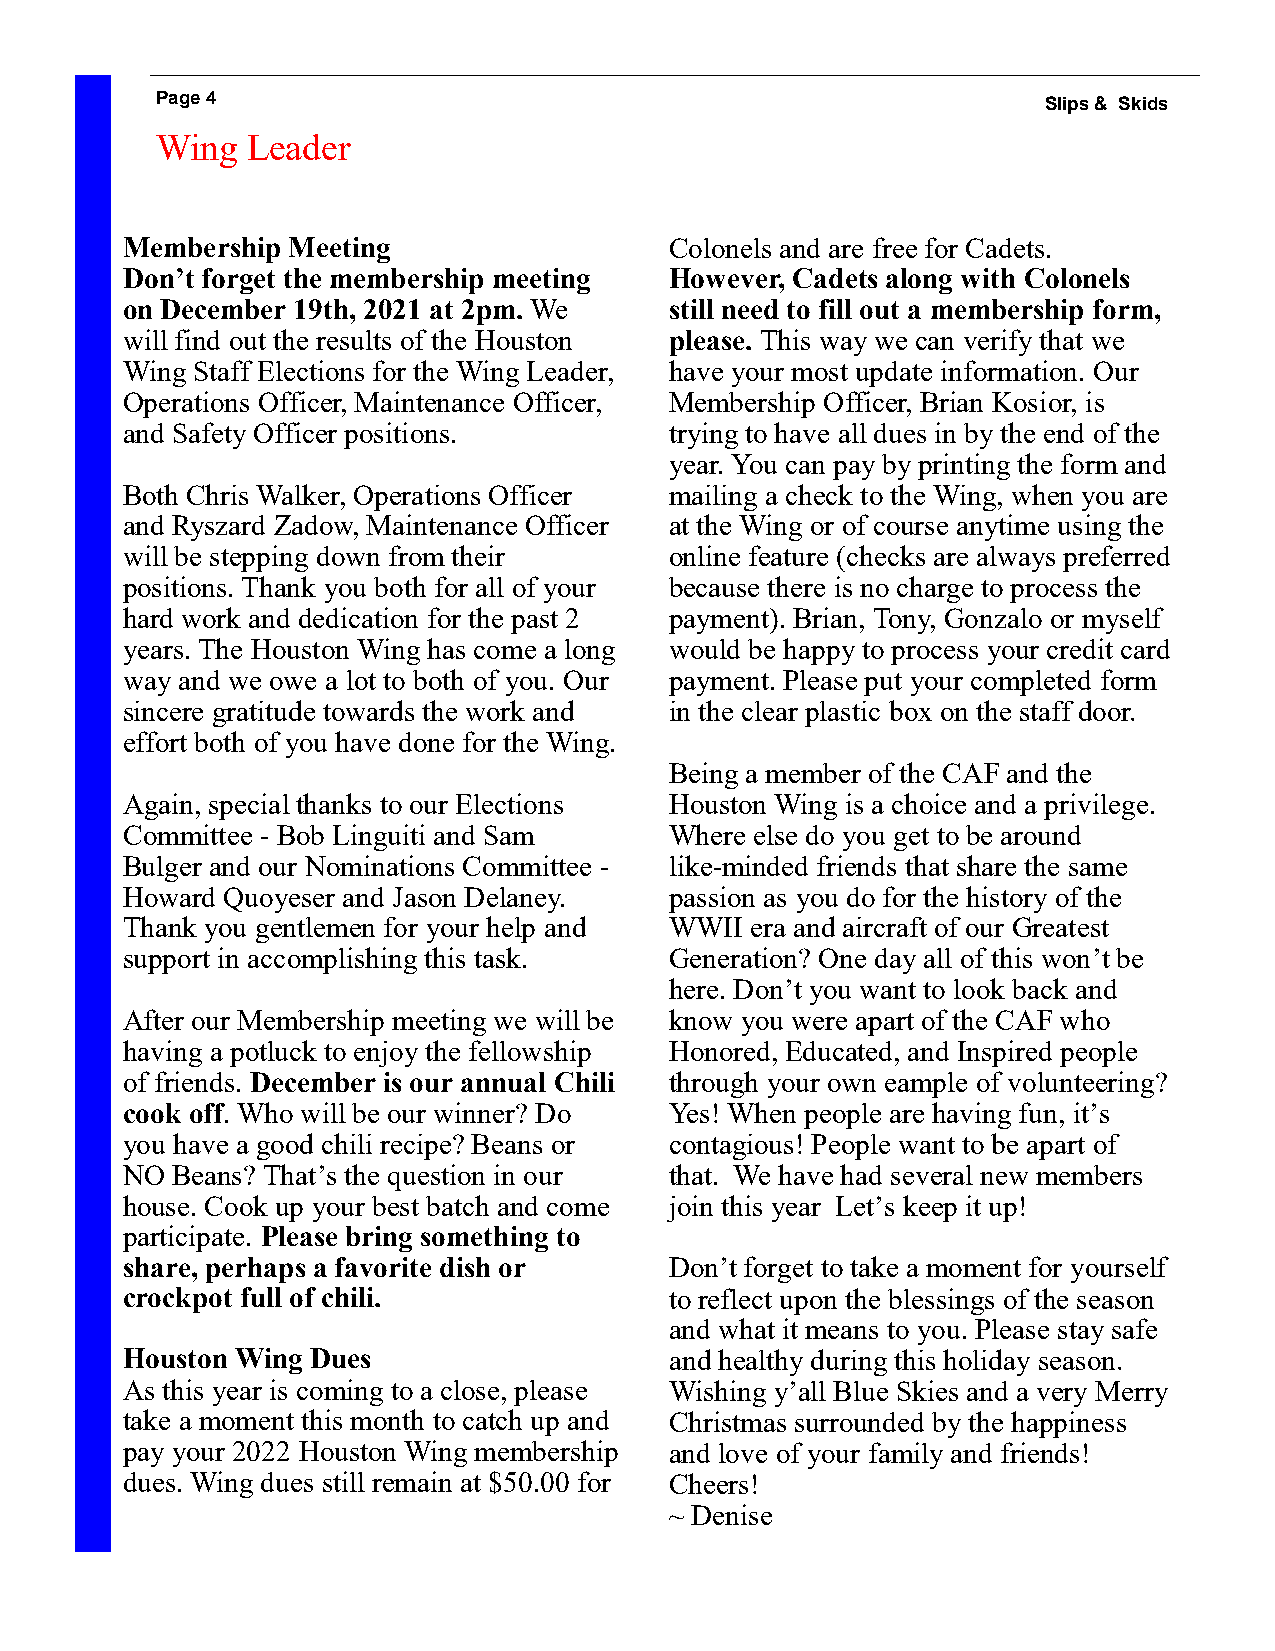
Page 4                                                     Slips & Skids
 Wing  Leader
 Membership Meeting                  Colonels and are free for Cadets.
 Don’t forget the membership meeting However, Cadets along with Colonels
 on December 19th, 2021 at 2pm. We   still need to fill out a membership form,
 will find out the results of the Houston please. This way we can verify that we
 Wing Staff Elections for the Wing Leader, have your most update information. Our
 Operations Officer, Maintenance Officer, Membership Officer, Brian Kosior, is
 and Safety Officer positions.       trying to have all dues in by the end of the
 year. You can pay by printing the form and
 Both Chris Walker, Operations Officer mailing a check to the Wing, when you are
 and Ryszard Zadow, Maintenance Officer at the Wing or of course anytime using the
 will be stepping down from their    online feature (checks are always preferred
 positions. Thank you both for all of your because there is no charge to process the
 hard work and dedication for the past 2 payment). Brian, Tony, Gonzalo or myself
 years. The Houston Wing has come a long would be happy to process your credit card
 way and we owe a lot to both of you. Our payment. Please put your completed form
 sincere gratitude towards the work and in the clear plastic box on the staff door.
 effort both of you have done for the Wing.
 Being a member of the CAF and the
 Again, special thanks to our Elections Houston Wing is a choice and a privilege.
 Committee - Bob Linguiti and Sam    Where else do you get to be around
 Bulger and our Nominations Committee - like-minded friends that share the same
 Howard Quoyeser and Jason Delaney.  passion as you do for the history of the
 Thank you gentlemen for your help and WWII era and aircraft of our Greatest
 support in accomplishing this task. Generation? One day all of this won’t be
 here. Don’t you want to look back and
 After our Membership meeting we will be know you were apart of the CAF who
 having a potluck to enjoy the fellowship Honored, Educated, and Inspired people
 of friends. December is our annual Chili through your own eample of volunteering?
 cook off. Who will be our winner? Do Yes! When people are having fun, it’s
 you have a good chili recipe? Beans or contagious! People want to be apart of
 NO Beans? That’s the question in our that. We have had several new members
 house. Cook up your best batch and come join this year Let’s keep it up!
 participate. Please bring something to
 share, perhaps a favorite dish or   Don’t forget to take a moment for yourself
 crockpot full of chili.             to reflect upon the blessings of the season
 and what it means to you. Please stay safe
 Houston Wing Dues                   and healthy during this holiday season.
 As this year is coming to a close, please Wishing y’all Blue Skies and a very Merry
 take a moment this month to catch up and Christmas surrounded by the happiness
 pay your 2022 Houston Wing membership and love of your family and friends!
 dues. Wing dues still remain at $50.00 for Cheers!
 ~ Denise